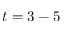
t = 3 - 5